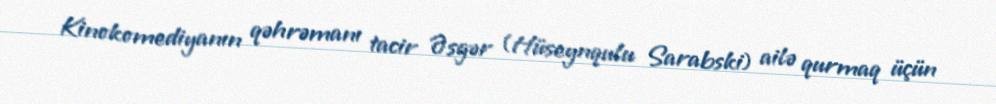
Kinokomediyanın qəhrəmanı tacir Əsgər (Hüseynqulu Sarabski) ailə qurmaq üçün